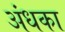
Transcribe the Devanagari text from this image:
अंधका